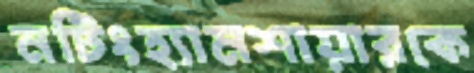
নটিংহ্যামশায়ারকে